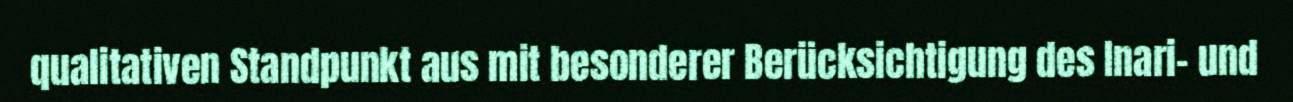
qualitativen Standpunkt aus mit besonderer Berücksichtigung des Inari- und